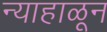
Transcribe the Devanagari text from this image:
न्याहाळून